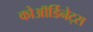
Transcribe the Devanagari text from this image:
कोऑर्डिनेट्स